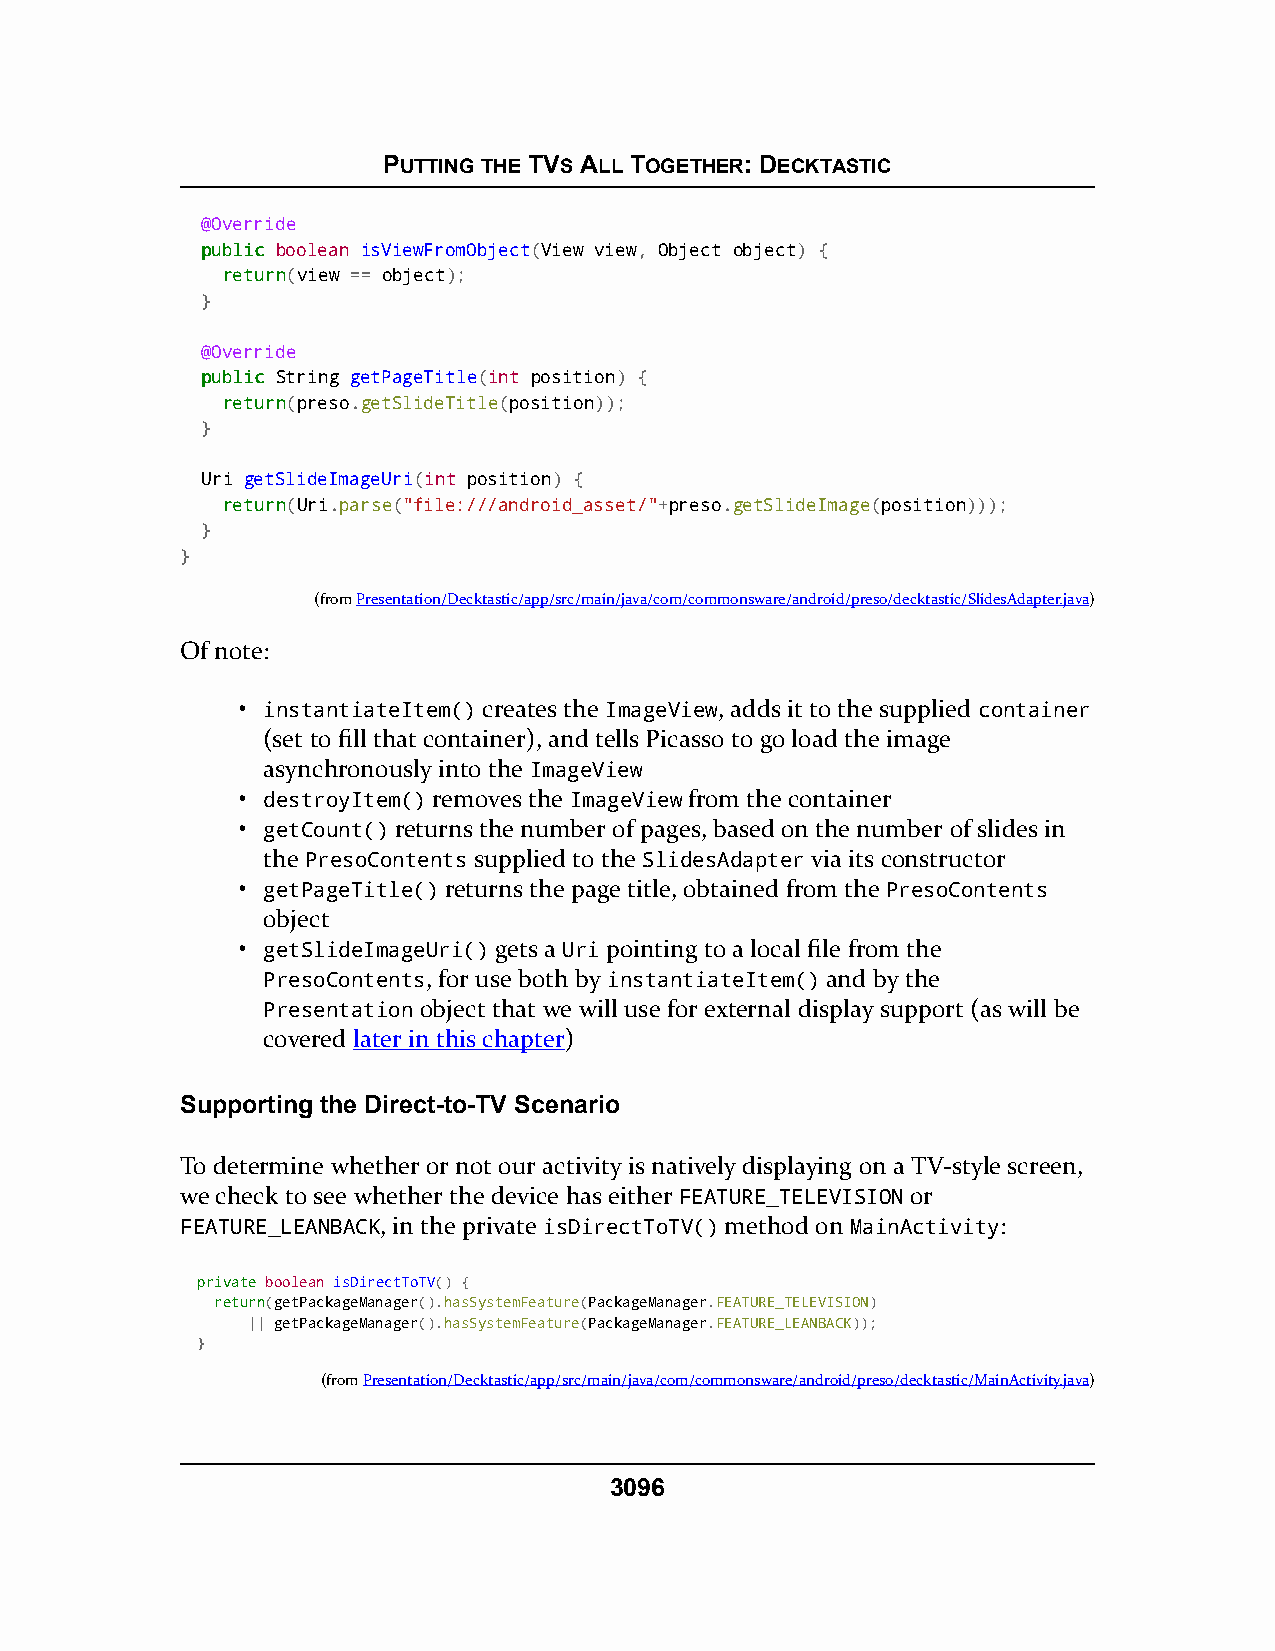
PUTTING THE TVS ALL TOGETHER: DECKTASTIC
 @Override
 ppuubblliicc boolean isViewFromObject(View view, Object object) {
 rreettuurrnn(view == object);
 }
 @Override
 ppuubblliicc String getPageTitle(int position) {
 rreettuurrnn(preso.getSlideTitle(position));
 }
 Uri getSlideImageUri(int position) {
 rreettuurrnn(Uri.parse("file:///android_asset/"+preso.getSlideImage(position)));
 }
 }
 (fromPresentation/Decktastic/app/src/main/java/com/commonsware/android/preso/decktastic/SlidesAdapter.java)
 Of note:
 • instantiateItem() creates the ImageView, adds it to the supplied container
 (set to fill that container), and tells Picasso to go load the image
 asynchronously into the ImageView
 • destroyItem() removes the ImageView from the container
 • getCount() returns the number of pages, based on the number of slides in
 the PresoContents supplied to the SlidesAdapter via its constructor
 • getPageTitle() returns the page title, obtained from the PresoContents
 object
 • getSlideImageUri() gets a Uri pointing to a local file from the
 PresoContents, for use both by instantiateItem() and by the
 Presentation object that we will use for external display support (as will be
 covered later in this chapter)
 Supporting the Direct-to-TV Scenario
 To determine whether or not our activity is natively displaying on a TV-style screen,
 we check to see whether the device has either FEATURE_TELEVISION or
 FEATURE_LEANBACK, in the private isDirectToTV() method on MainActivity:
 pprriivvaattee boolean isDirectToTV() {
 rreettuurrnn(getPackageManager().hasSystemFeature(PackageManager.FEATURE_TELEVISION)
 || getPackageManager().hasSystemFeature(PackageManager.FEATURE_LEANBACK));
 }
 (fromPresentation/Decktastic/app/src/main/java/com/commonsware/android/preso/decktastic/MainActivity.java)
 3096